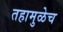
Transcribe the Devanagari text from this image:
तहामुळेच